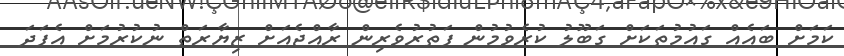
ކަމަށް ބައެއް ގައުމުތަކަށް ގަބޫލު ކުރެވުމުން ފަތުރުވެރިން ރާއްޖެއަށް ޒިޔާރަތް ނުކުރުމަށް އެފަދަ